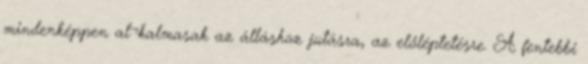
mindenképpen al¬kalmasak az álláshoz jutásra, az előléptetésre. A fentebbi